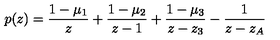
p ( z ) = \frac { 1 - \mu _ { 1 } } { z } + \frac { 1 - \mu _ { 2 } } { z - 1 } + \frac { 1 - \mu _ { 3 } } { z - z _ { 3 } } - \frac { 1 } { z - z _ { A } }